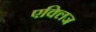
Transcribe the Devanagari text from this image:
एक्लिज